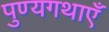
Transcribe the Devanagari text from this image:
पुण्यगथाएँ